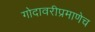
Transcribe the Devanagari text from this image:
गोदावरीप्रमाणेच